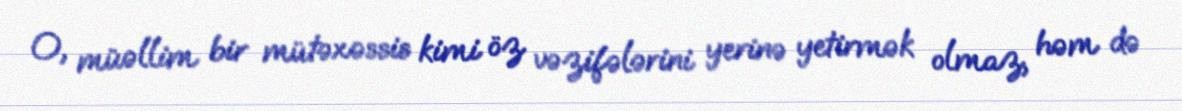
O, müəllim bir mütəxəssis kimi öz vəzifələrini yerinə yetirmək olmaz, həm də